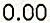
0.00